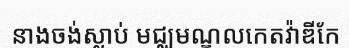
នាងចង់ស្លាប់ មជ្ឈមណ្ឌលកេតវ៉ាឌីកែ